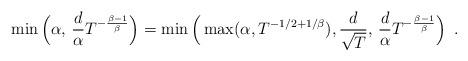
LaTeX: \begin{align*}\min\Big(\alpha, \,\frac{d}{\alpha}T^{-\frac{\beta-1}{\beta}}\Big)=\min\Big(\max(\alpha, T^{-1/2+1/\beta}), \frac{d}{\sqrt{T}}, \,\frac{d}{\alpha}T^{-\frac{\beta-1}{\beta}}\Big)\enspace.\end{align*}